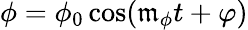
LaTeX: \phi=\phi_{0}\cos(\mathfrak{m}_{\phi}t+\varphi)